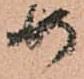
如